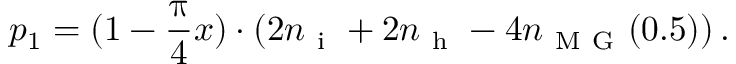
p _ { 1 } = ( 1 - \frac { \uppi } { 4 } x ) \cdot ( 2 n _ { \mathrm { ~ i ~ } } + 2 n _ { \mathrm { ~ h ~ } } - 4 n _ { \mathrm { ~ M ~ G ~ } } ( 0 . 5 ) ) \, .